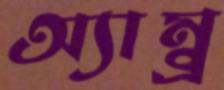
অ্যাম্ব্র